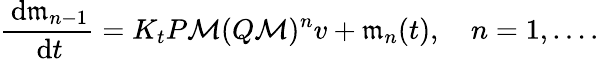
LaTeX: \frac{\, \mathrm{d}\mathfrak m_{n-1}}{\, \mathrm{d}t}=K_{t}P\mathcal M(Q\mathcal M)^{n}v+\mathfrak m_{n}(t),\quad n=1,\ldots.